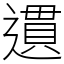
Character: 遦